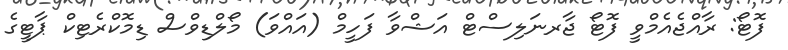
ފޮޓޯ: ރާއްޖެއެމްވީ ފޮޓޯ ޖާރނަލިސްޓް އަޝްވާ ފަހީމް (އައްވަ) މޯލްޑިވްސް ޑިމޮކްރެޓިކް ޕާޓީގެ